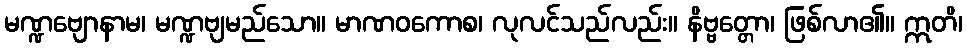
မဏ္ဍဗျောနာမ၊ မဏ္ဍဗျမည်သော။ မာဏဝကောစ၊ လုလင်သည်လည်း။ နိဗ္ဗတ္တော၊ ဖြစ်လာ၏။ ဣတိ၊